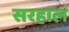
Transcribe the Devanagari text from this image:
सरहाल